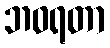
ဘဝရတာ